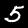
Label: 5